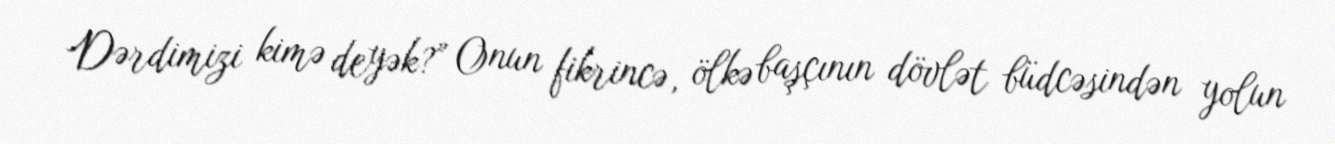
Dərdimizi kimə deyək?” Onun fikrincə, ölkə başçının dövlət büdcəsindən yolun